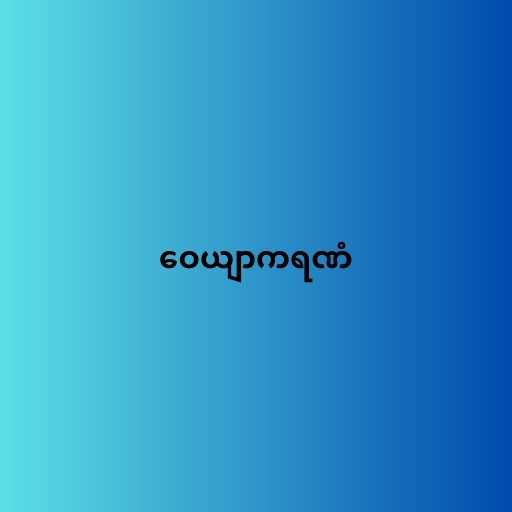
ဝေယျာကရဏံ